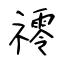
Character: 鿅